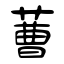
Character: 蓸